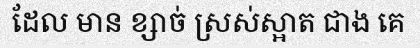
ដែល មាន ខ្សាច់ ស្រស់ស្អាត ជាង គេ